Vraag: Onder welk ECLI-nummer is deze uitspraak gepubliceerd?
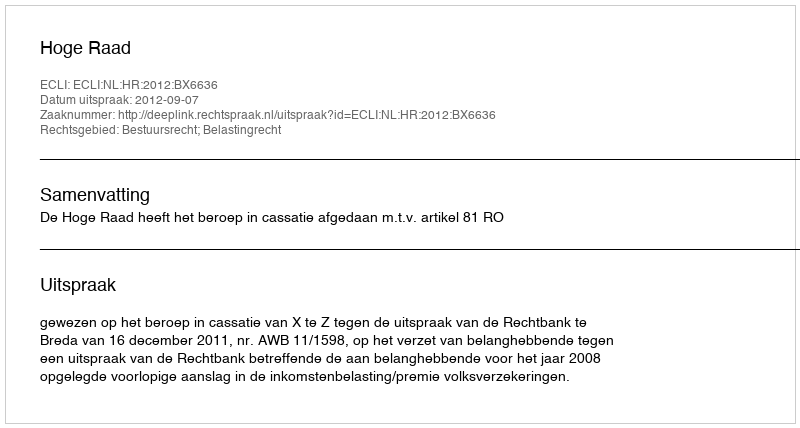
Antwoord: ECLI:NL:HR:2012:BX6636